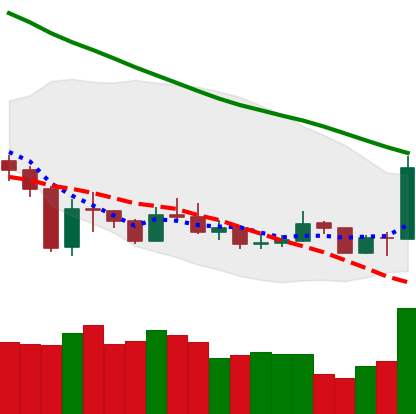
Ticker: XMR-USD
Chart end date: 2020-01-03
Forward return: 16.386%
Label: up_7plus